Report of the Bombay Plague Committee
Disease focus: Plague
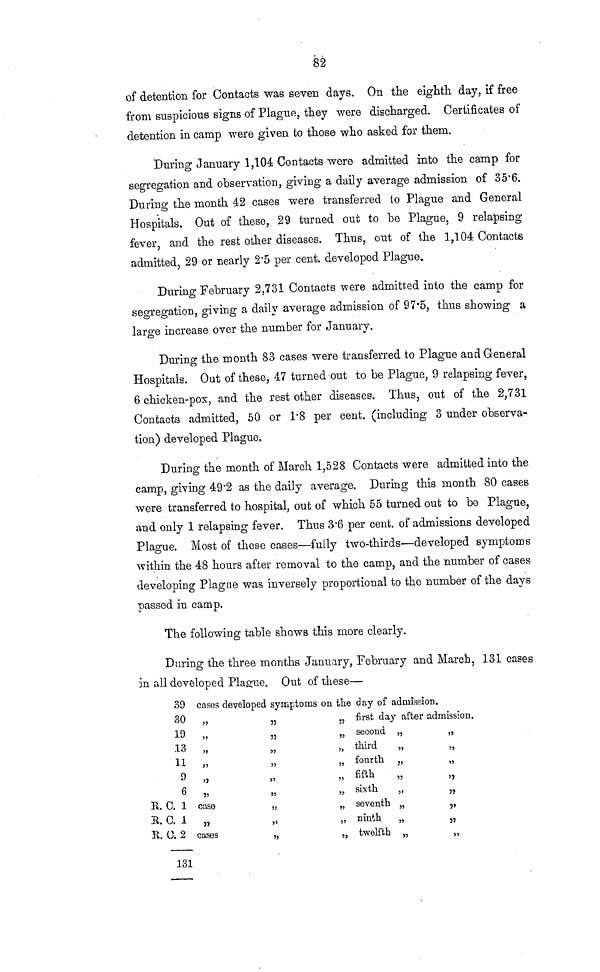
82
of detention for Contacts was seven days. On the eighth day, if free
from suspicious signs of Plague, they were discharged. Certificates of
detention in camp were given to those who asked for them.
During January 1,104 Contacts were admitted into the camp for
segregation and observation, giving a daily average admission of 35·6.
During the month 42 cases were transferred ίο Plague and General
Hospitals. Out of these, 29 turned out to be Plague, 9 relapsing
fever, and the rest other diseases. Thus, out of the 1,104 Contacts
admitted, 29 or nearly 2·5 per cent. developed Plague.
During February 2,731 Contacts were admitted into the camp for
segregation, giving a daily average admission of 97·5, thus showing a
large increase over the number for January.
During the month 83 cases were transferred to Plague and General
Hospitals. Out of these, 47 turned out to be Plague, 9 relapsing fever,
6 chicken-pox, and the rest other diseases. Thus, out of the 2,731
Contacts admitted, 50 or 1·8 per cent. (including 3 under observa-
tion) developed Plague,
During the month of March 1,528 Contacts were admitted into the
camp, giving 49·2 as the daily average. During this month 80 cases
were transferred to hospital, out of which 55 turned out to be Plague,
and only 1 relapsing fever. Thus 3·6 per cent. of admissions developed
Plague. Most of these cases—fully two-thirds—developed symptoms
within the 48 hours after removal to the camp, and the number of cases
developing Plague was inversely proportional to the number of the days
passed in camp.
The following table shows this more clearly.
During the three months January, February and March, 131 cases
in all developed Plague. Out of these—
R.
R.
R.
39
30
19
13
11
9
6
C. 1
C.1
C. 2
131
cases
"
"
"
"
"
case
"
cases
developed symptoms
"
"
"
"
"
"
"
"
"
on the
"
"
"
"
"
"
"
"
"
day of admission.
first day
second
third
fourth
fifth
sixth
seventh
ninth
twelfth
after admission.
"
"
"
"
"
"
"
"
"
"
"
"
"
"
"
"